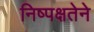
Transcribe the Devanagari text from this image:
निष्पक्षतेने